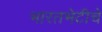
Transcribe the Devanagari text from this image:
भारतभेटीचे